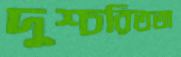
দুশ্চরিততা